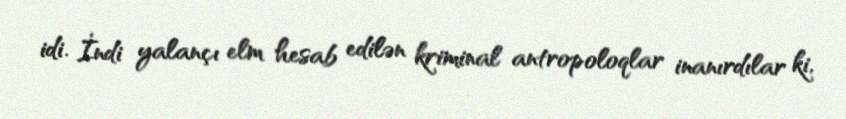
idi. İndi yalançı elm hesab edilən kriminal antropoloqlar inanırdılar ki,